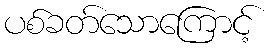
ပစ်ခတ်သောကြောင့်